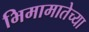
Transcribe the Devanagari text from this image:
भिमामातेच्या